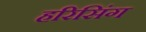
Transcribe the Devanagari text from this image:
हरिसिंग